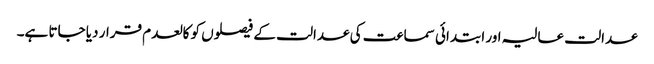
عدالت عالیہ اور ابتدائی سماعت کی عدالت کے فیصلوں کو کالعدم قرار دیا جاتا ہے۔